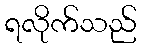
ရလိုက်သည်